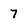
Character: 7